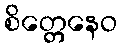
စိတ္တေနေဝ